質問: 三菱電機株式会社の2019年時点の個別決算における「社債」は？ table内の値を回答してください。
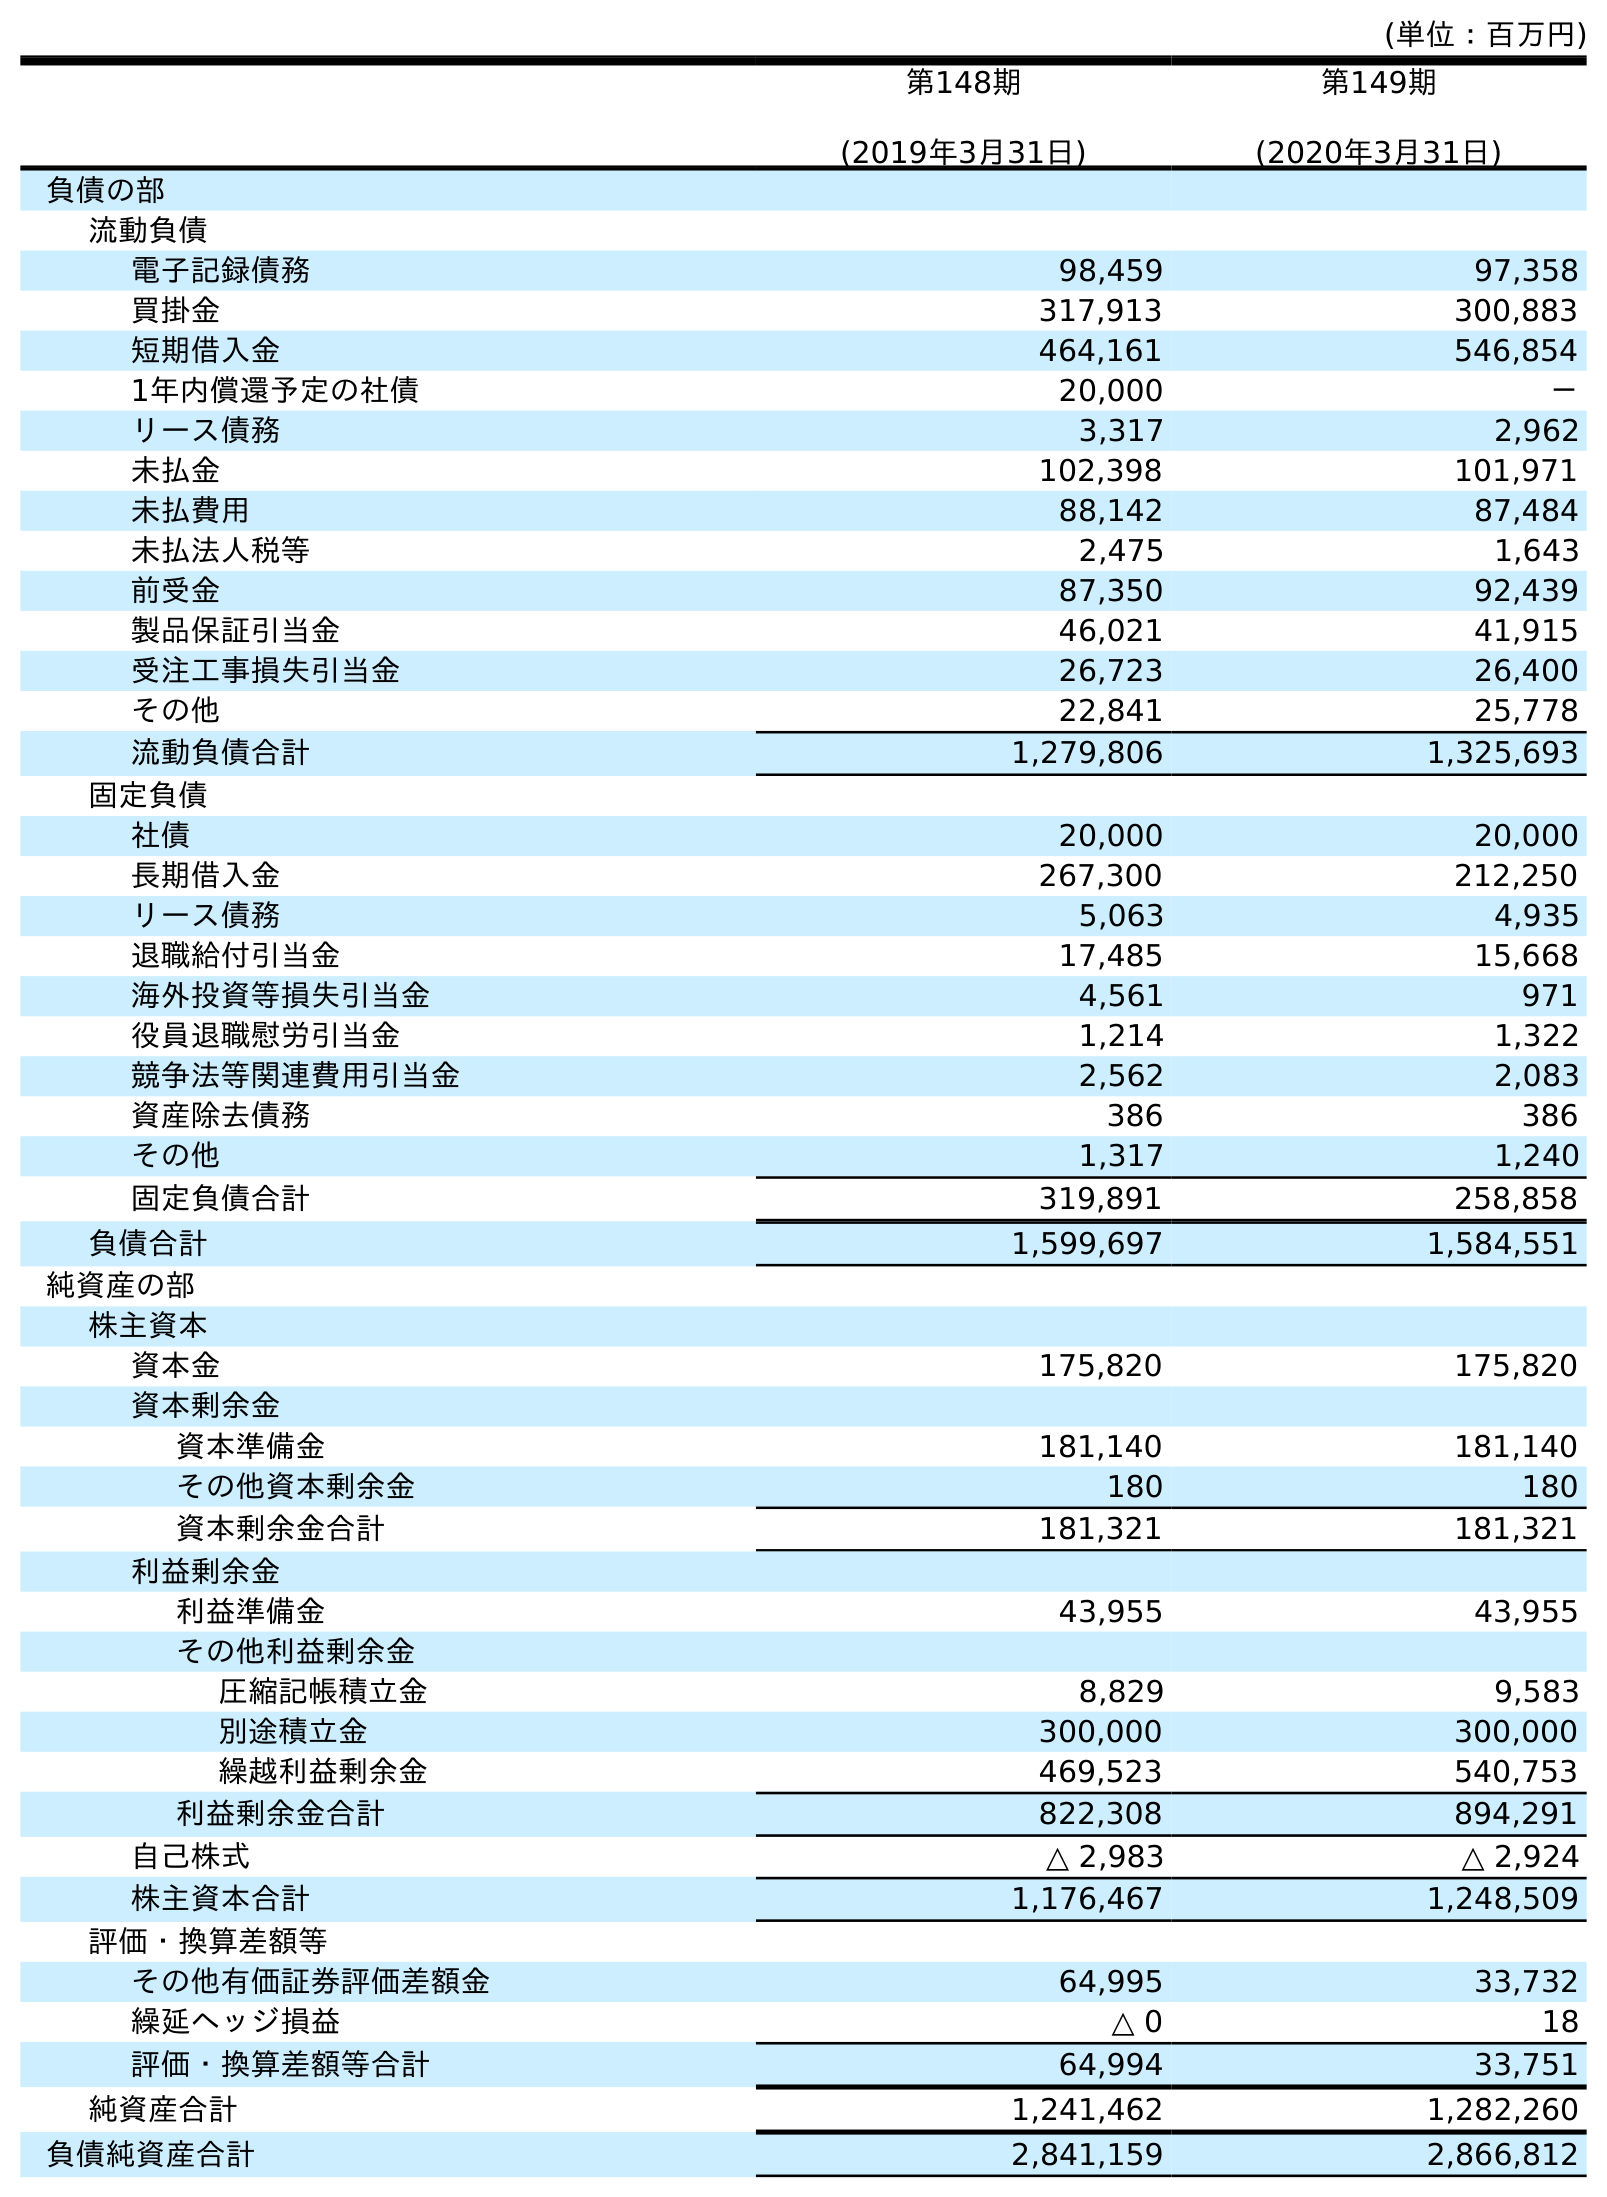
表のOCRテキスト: (単位：百万円) 第148期 (2019年3月31日) 第149期 (2020年3月31日) 負債の部 流動負債 電子記録債務 98,459 97,358 買掛金 317,913 300,883 短期借入金 464,161 546,854 1年内償還予定の社債 20,000 － リース債務 3,317 2,962 未払金 102,398 101,971 未払費用 88,142 87,484 未払法人税等 2,475 1,643 前受金 87,350 92,439 製品保証引当金 46,021 41,915 受注工事損失引当金 26,723 26,400 その他 22,841 25,778 流動負債合計 1,279,806 1,325,693 固定負債 社債 20,000 20,000 長期借入金 267,300 212,250 リース債務 5,063 4,935 退職給付引当金 17,485 15,668 海外投資等損失引当金 4,561 971 役員退職慰労引当金 1,214 1,322 競争法等関連費用引当金 2,562 2,083 資産除去債務 386 386 その他 1,317 1,240 固定負債合計 319,891 258,858 負債合計 1,599,697 1,584,551 純資産の部 株主資本 資本金 175,820 175,820 資本剰余金 資本準備金 181,140 181,140 その他資本剰余金 180 180 資本剰余金合計 181,321 181,321 利益剰余金 利益準備金 43,955 43,955 その他利益剰余金 圧縮記帳積立金 8,829 9,583 別途積立金 300,000 300,000 繰越利益剰余金 469,523 540,753 利益剰余金合計 822,308 894,291 自己株式 △ 2,983 △ 2,924 株主資本合計 1,176,467 1,248,509 評価・換算差額等 その他有価証券評価差額金 64,995 33,732 繰延ヘッジ損益 △ 0 18 評価・換算差額等合計 64,994 33,751 純資産合計 1,241,462 1,282,260 負債純資産合計 2,841,159 2,866,812
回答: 20,000